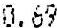
0.69